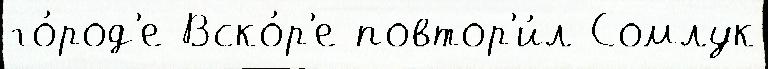
го́род'е Вско́р'е повтор'и́л Сомлук